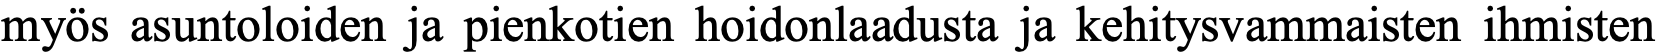
myös asuntoloiden ja pienkotien hoidonlaadusta ja kehitysvammaisten ihmisten